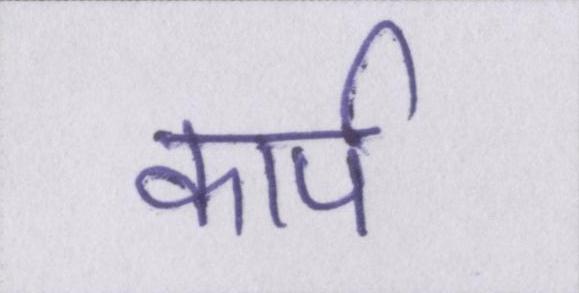
कार्प